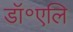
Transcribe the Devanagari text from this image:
डॉ॰एलि